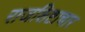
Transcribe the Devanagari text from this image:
राजशिष्टाचार